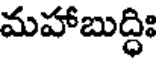
మహాబుద్ధిః